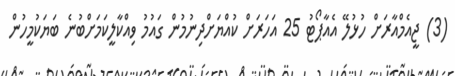
(3) ޖީއެމްއާރަށް ހުޅުލޭ އެއާޕޯޓު 25 އަހަރަށް ކުއްޔަށްދިނުމުން ގައުމު ވިއްކާލީކަމަށްބުނެ ބަޔަކުމީހުން